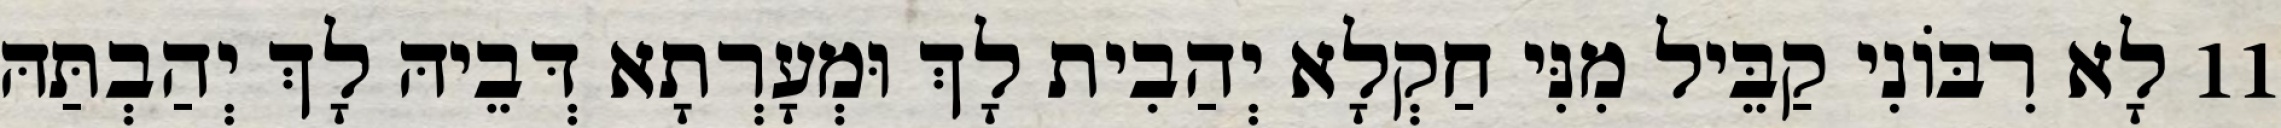
11 לָא רִבּוֹנִי קַבֵּיל מִנִּי חַקְלָא יְהַבִית לָךְ וּמְעָרְתָא דְּבֵיהּ לָךְ יְהַבְתַּהּ